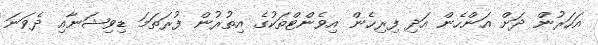
އަހަރުން ދަށް އަންހެން އަދި ފިރިހެން އިވެންޓްތަކުގެ އިތުރުން ފުރަތަމަ ޑިވިޝަނާއި ދެވަނަ